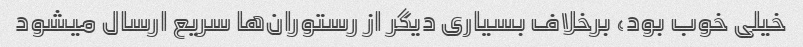
خیلی خوب بود، برخلاف بسیاری دیگر از رستوران‌ها سریع ارسال میشود